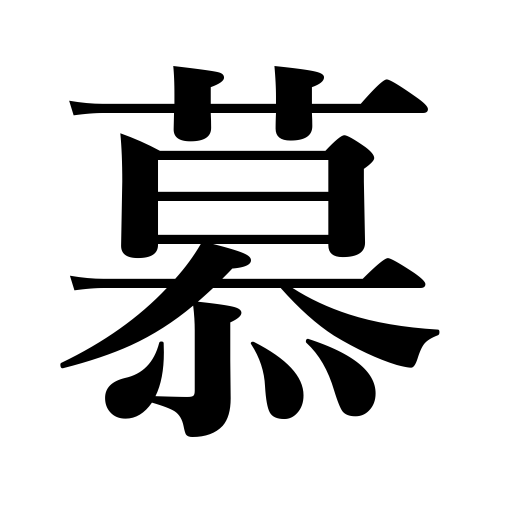
Meanings: adore,love dearly,follow,yearn for